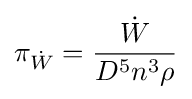
\pi _{\dot {W}}={\frac {\dot {W}}{D^{5}n^{3}\rho }}